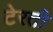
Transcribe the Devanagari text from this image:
टेरती